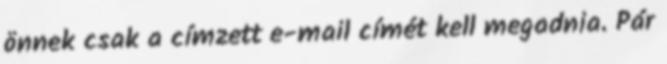
önnek csak a címzett e-mail címét kell megadnia. Pár